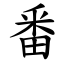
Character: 番